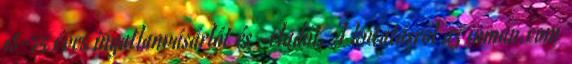
18-75 éves ingatlanvásárlót és -eladót. A kutatásról az inman.com